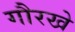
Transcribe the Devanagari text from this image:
गौरखे